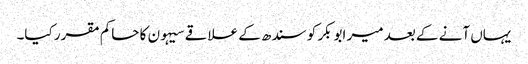
یہاں آنے کے بعد میر ابوبکر کو سندھ کے علاقے سیہون کا حاکم مقرر کیا۔